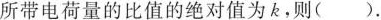
所带电荷量的比值的绝对值为 k ，则(